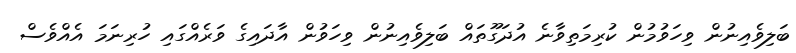
ބަލިވެއިނުން ވިހަވުމުން ކުރިމަތިވާނެ އުދަގޫތައް ބަލިވެއިނުން ވިހަވުން އާދައިގެ ވަރެއްގައި ހުރިނަމަ އެއްވެސް